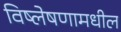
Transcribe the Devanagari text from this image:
विष्लेषणामधील